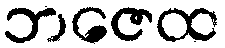
ဘဇေထ